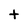
Character: t